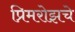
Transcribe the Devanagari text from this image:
प्रिमरोझचे